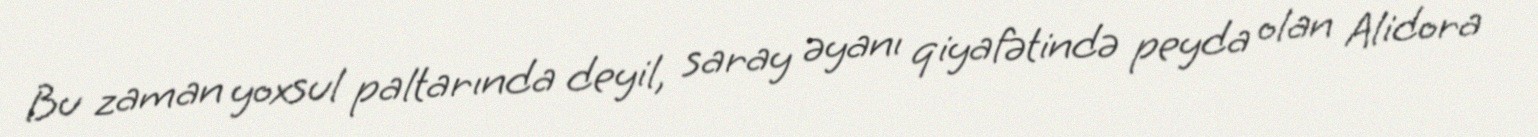
Bu zaman yoxsul paltarında deyil, saray əyanı qiyafətində peyda olan Alidora